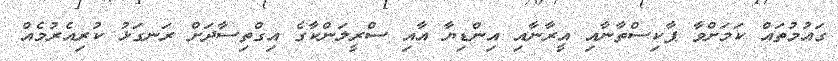
ގައުމުތައް ކަމަށްވާ ޕާކިސްތާނާއި އީރާނާއި އިންޑިޔާ އާއި ސްރީލަންކާގެ އިގްތިސާދަށް ރަނގަޅު ކުރިއެރުމެއް